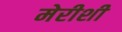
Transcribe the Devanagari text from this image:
मेरीशी